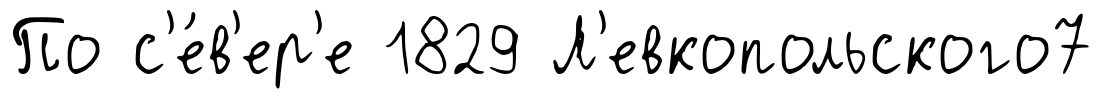
По с'е́в'ер'е 1829 Л'евкопольского7